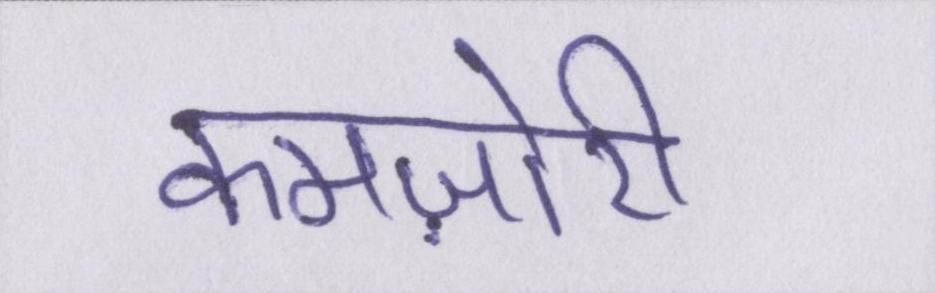
कमज़ोरी